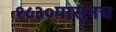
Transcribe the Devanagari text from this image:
१८३०पासूनच